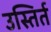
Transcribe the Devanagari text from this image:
उस्तिर्त